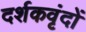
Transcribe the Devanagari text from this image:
दर्शकवृंदों